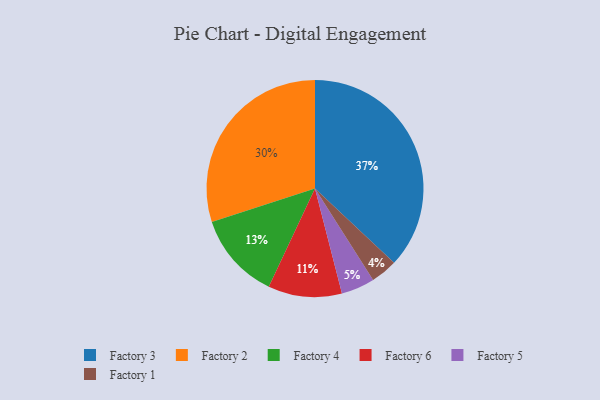
{"axis": {"x": "Category", "y": "Percentage"}, "legend": ["Factory 1", "Factory 2", "Factory 3", "Factory 4", "Factory 5", "Factory 6"], "data": [{"x": "Factory 5", "y": 5, "type": "Factory 5"}, {"x": "Factory 6", "y": 11, "type": "Factory 6"}, {"x": "Factory 1", "y": 4, "type": "Factory 1"}, {"x": "Factory 2", "y": 30, "type": "Factory 2"}, {"x": "Factory 4", "y": 13, "type": "Factory 4"}, {"x": "Factory 3", "y": 37, "type": "Factory 3"}]}